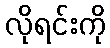
လိုရင်းကို